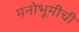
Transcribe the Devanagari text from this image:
मनोभूमीची